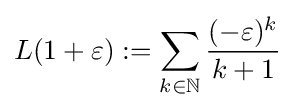
L(1+\varepsilon ):=\sum _{k\in \mathbb {N} }{\frac {(-\varepsilon )^{k}}{k+1}}